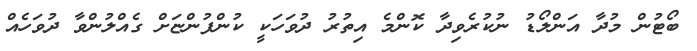
ބޯޓުން މުދާ އަންލޯޑު ނުކުރެވިދާ ކޮންމެ އިތުރު ދުވަހަކީ ކުންފުންޏަށް ގެއްލުންވާ ދުވަހެއް